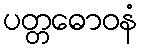
ပတ္တဓောဝနံ